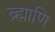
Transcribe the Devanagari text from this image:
ब्र्ह्माणि